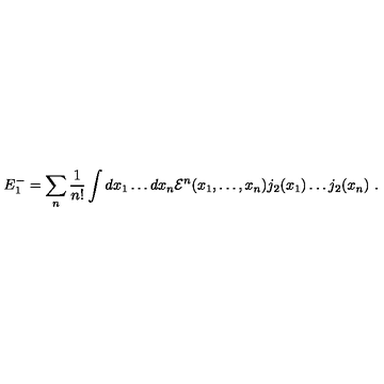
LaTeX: E _ { 1 } ^ { - } = \sum _ { n } \frac 1 { n ! } \int d x _ { 1 } \dots d x _ { n } { \cal E } ^ { n } ( x _ { 1 } , \dots , x _ { n } ) j _ { 2 } ( x _ { 1 } ) \dots j _ { 2 } ( x _ { n } ) \ .